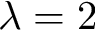
\lambda = 2